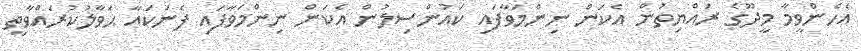
އެހެންވީމާ މީދޫގެ ރައްޔިތުން އެކަން ނިންމަވާފައި ކައުންސިލުން އެކަން ނިންމަވާފައި ފެނަކައާ ޙަވާލުކުރައްވާތީ